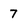
Character: 7